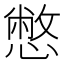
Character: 憋